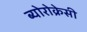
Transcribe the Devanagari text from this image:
ब्योरोक्रेसी